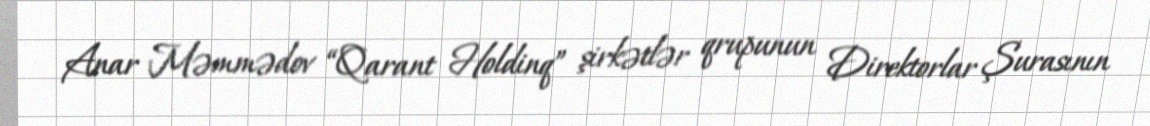
Anar Məmmədov “Qarant Holdinq” şirkətlər qrupunun Direktorlar Şurasının